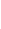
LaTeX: J\! \! \! \! \! \! \! \! \! \! \! \! (Z\! \! \! \! \! \! \! \! \! \! \! \! )\! \! \! \! \! \! \! \! \! \! \! \! =J\! \! \! \! \! \! \! \! \! \! \! \! ^{\! }\! \! \! \! \! \! \! \! \! \! \! +\! \! \! \! \! \! \! \! \! \! \! \! (Z\! \! \! \! \! \! \! \! \! \! \! \! )\! \! \! \! \! \! \! \! \! \! \! \! +J\! \! \! \! \! \! \! \! \! \! \! \! ^{\! }\! \! \! \! \! \! \! \! \! \! \! -\! \! \! \! \! \! \! \! \! \! \! \! (Z\! \! \! \! \! \! \! \! \! \! \! \! )\! \! \! \! \! \! \! \! \! \! \!